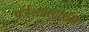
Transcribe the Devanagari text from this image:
पर्जन्यासारख्या